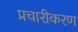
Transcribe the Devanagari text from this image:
प्रचारीकरण